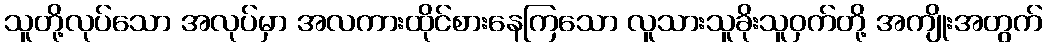
သူတို့လုပ်သော အလုပ်မှာ အလကားထိုင်စားနေကြသော လူသားသူခိုးသူဝှက်တို့ အကျိုးအတွက်